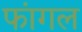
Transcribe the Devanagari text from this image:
फांगल